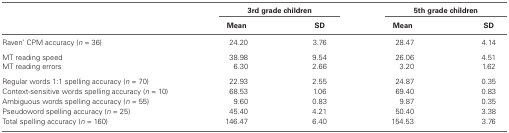
<table><thead><tr><td>[EMPTY_CELL]</td><td colspan="2"><b>3rd grade children</b></td><td colspan="2"><b>5th grade children</b></td></tr><tr><td>[EMPTY_CELL]</td><td><b>Mean</b></td><td><b>SD</b></td><td><b>Mean</b></td><td><b>SD</b></td></tr></thead><tbody><tr><td>Raven’ CPM accuracy (<i>n</i> = 36)</td><td>24.20</td><td>3.76</td><td>28.47</td><td>4.14</td></tr><tr><td>MT reading speed</td><td>38.98</td><td>9.54</td><td>26.06</td><td>4.51</td></tr><tr><td>MT reading errors</td><td>6.30</td><td>2.66</td><td>3.20</td><td>1.62</td></tr><tr><td>Regular words 1:1 spelling accuracy (<i>n</i> = 70)</td><td>22.93</td><td>2.55</td><td>24.87</td><td>0.35</td></tr><tr><td>Context-sensitive words spelling accuracy (<i>n</i> = 10)</td><td>68.53</td><td>1.06</td><td>69.40</td><td>0.83</td></tr><tr><td>Ambiguous words spelling accuracy (<i>n</i> = 55)</td><td>9.60</td><td>0.83</td><td>9.87</td><td>0.35</td></tr><tr><td>Pseudowords spelling accuracy (<i>n</i> = 25)</td><td>45.40</td><td>4.21</td><td>50.40</td><td>3.38</td></tr><tr><td>Total spelling accuracy (<i>n</i> = 160)</td><td>146.47</td><td>6.40</td><td>154.53</td><td>3.76</td></tr></tbody></table>